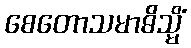
စေတောသမာဓိသ္မိံ